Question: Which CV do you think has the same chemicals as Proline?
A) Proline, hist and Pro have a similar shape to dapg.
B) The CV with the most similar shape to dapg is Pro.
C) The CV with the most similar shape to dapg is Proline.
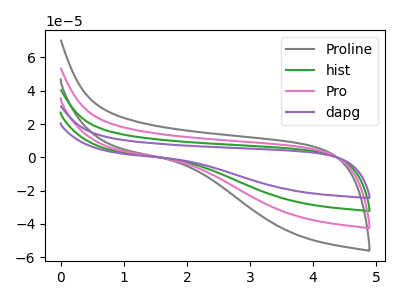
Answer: <think>The gray curve "Proline" has no peaks. The green curve "hist" has no peaks. The pink curve "Pro" has no peaks. The purple curve "dapg" has no peaks.
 Neither "Proline" or "hist" have any peaks. Neither "Proline" or "Pro" have any peaks. Neither "Proline" or "dapg" have any peaks. Neither "hist" or "Pro" have any peaks. Neither "hist" or "dapg" have any peaks. Neither "Pro" or "dapg" have any peaks.</think>
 <answer>A) "Proline", "hist" and "Pro" have a similar shape to "dapg".</answer>
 <eval>A</eval>